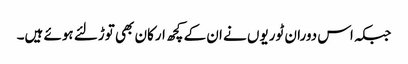
جبکہ اس دوران ٹوریوں نے ان کے کچھ ارکان بھی توڑلئے ہوئے ہیں۔